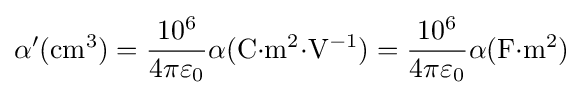
\alpha '(\mathrm {cm} ^{3})={\frac {10^{6}}{4\pi \varepsilon _{0}}}\alpha (\mathrm {C{\cdot }m^{2}{\cdot }V^{-1}} )={\frac {10^{6}}{4\pi \varepsilon _{0}}}\alpha (\mathrm {F{\cdot }m^{2}} )